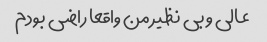
عالی و بی نظیر من واقعا راضی بودم